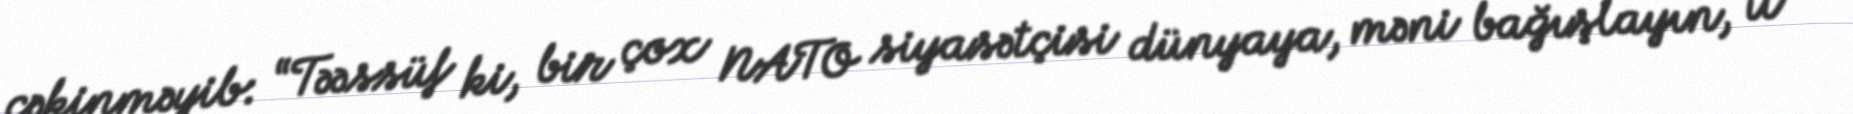
çəkinməyib: “Təəssüf ki, bir çox NATO siyasətçisi dünyaya, məni bağışlayın, it